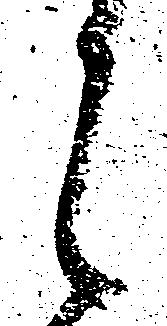
候